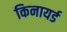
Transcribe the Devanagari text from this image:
किनायर्ड